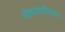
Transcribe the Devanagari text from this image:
लोकशाहीप्रधान